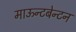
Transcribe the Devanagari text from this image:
माऊन्टबेन्टन